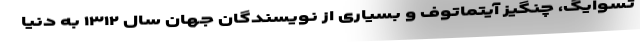
تسوایگ، چنگیز آیتماتوف و بسیاری از نویسندگان جهان سال ۱۳۱۲ به دنیا